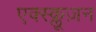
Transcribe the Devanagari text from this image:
एक्स्क्लूज़न